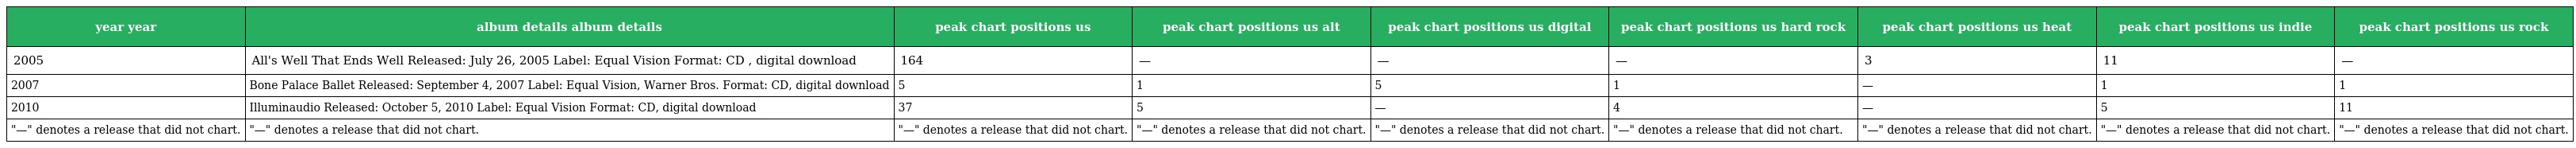
| year year | album details album details | peak chart positions us | peak chart positions us alt | peak chart positions us digital | peak chart positions us hard rock | peak chart positions us heat | peak chart positions us indie | peak chart positions us rock |
 | --- | --- | --- | --- | --- | --- | --- | --- | --- |
 | 2005 | All's Well That Ends Well Released: July 26, 2005 Label: Equal Vision Format: CD , digital download | 164 | — | — | — | 3 | 11 | — |
 | 2007 | Bone Palace Ballet Released: September 4, 2007 Label: Equal Vision, Warner Bros. Format: CD, digital download | 5 | 1 | 5 | 1 | — | 1 | 1 |
 | 2010 | Illuminaudio Released: October 5, 2010 Label: Equal Vision Format: CD, digital download | 37 | 5 | — | 4 | — | 5 | 11 |
 | "—" denotes a release that did not chart. | "—" denotes a release that did not chart. | "—" denotes a release that did not chart. | "—" denotes a release that did not chart. | "—" denotes a release that did not chart. | "—" denotes a release that did not chart. | "—" denotes a release that did not chart. | "—" denotes a release that did not chart. | "—" denotes a release that did not chart. |